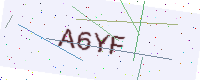
Text: A6YF